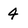
Character: 4